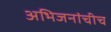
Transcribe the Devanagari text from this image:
अभिजनांचीच